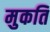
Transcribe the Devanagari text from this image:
मुकति